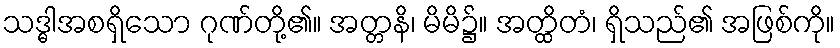
သဒ္ဓါအစရှိသော ဂုဏ်တို့၏။ အတ္တနိ၊ မိမိ၌။ အတ္ထိတံ၊ ရှိသည်၏ အဖြစ်ကို။